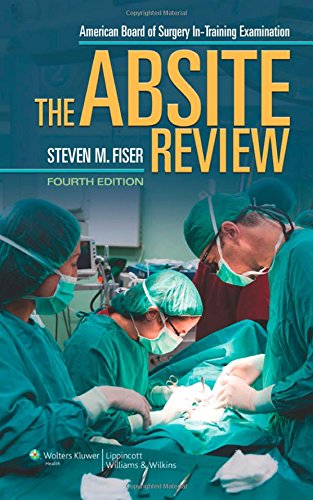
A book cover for The ABSITE Review (American Board of Surgery In-Training Examination); Steven M. Fiser MD; Test Preparation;